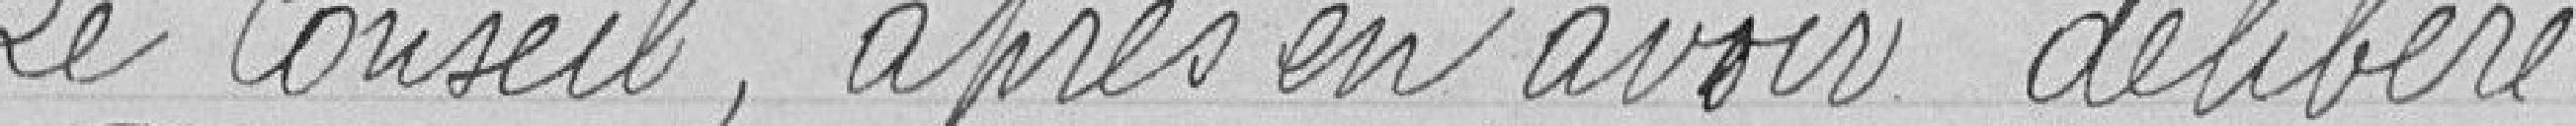
Le Conseil, après en avoir délibéré.